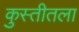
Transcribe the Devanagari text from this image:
कुस्तीतला